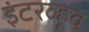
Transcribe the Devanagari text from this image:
इंटरव्हूव